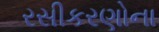
રસીકરણોના